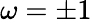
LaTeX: \omega=\pm 1